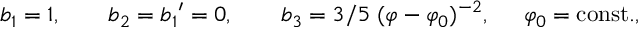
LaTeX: b _ { 1 } = 1 , \ \ \ \ \ \ b _ { 2 } = { b _ { 1 } } ^ { \prime } = 0 , \ \ \ \ \ \ b _ { 3 } = { 3 } / { 5 } \; ( \varphi - \varphi _ { 0 } ) ^ { - 2 } , \; \; \; \; \; \varphi _ { 0 } = \mathrm { c o n s t . } ,